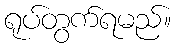
ရုပ်တွက်ရမည်။